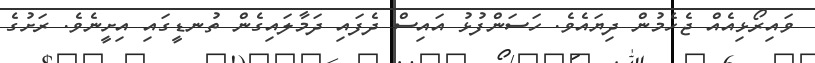
ވައިރޯޅިއެއް ޖެހެމުން ދިޔައެވެ. ހަސަންފުޅު އައިސް ދެފައި ދަމާލައިގެން ތުނޑީގައި އިށީނެވެ. ރަށުގެ